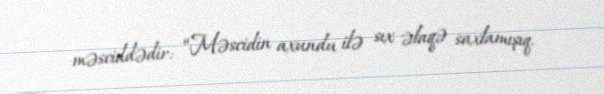
məsciddədir: “Məscidin axundu ilə sıx əlaqə saxlamışıq.